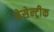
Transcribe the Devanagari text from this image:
मेसेन्ट्रीक